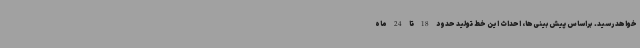
خواهد رسید. براساس پیش‌بینی‌ها، احداث این خط تولید حدود 18 تا 24 ماه